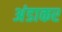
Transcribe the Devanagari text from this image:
अंडाकर